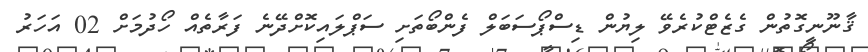
ޤާނޫނީގޮތުން ގެޒެޓްކުރެވޭ ލިޔުން ޑިސްޕޯސަބަލް ފެންބޯތަށި ސަޕްލައިކޮށްދޭނެ ފަރާތެއް ހޯދުމަށް 02 އަހަރު